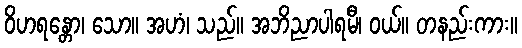
ဝိဟရန္တော၊ သော။ အဟံ၊ သည်။ အဘိညာပါရမီ၊ ဝယ်။ တနည်းကား။